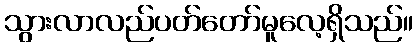
သွားလာလည်ပတ်တော်မူလေ့ရှိသည်။